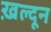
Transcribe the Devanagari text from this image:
ख़ल्दून